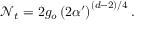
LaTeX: \mathcal { N } _ { t } = 2 g _ { o } \left( 2 \alpha ^ { \prime } \right) ^ { ( d - 2 ) / 4 } .